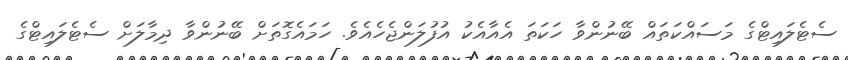
ސެޓެލައިޓްގެ މަސައްކަތައް ބޭނުންވާ ހަކަތަ އެއާއެކު އުފުލަންޖެހެއެވެ. ހަމައެގޮތަށް ބޭނުންވާ ދިމާލަށް ސެޓެލައިޓްގެ